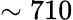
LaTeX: \sim 710